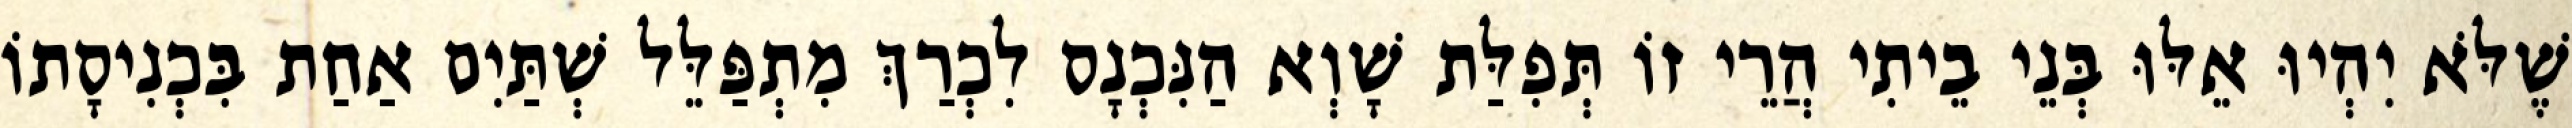
שֶׁלֹּא יִהְיוּ אֵלּוּ בְּנֵי בֵיתִי הֲרֵי זוֹ תְּפִלַּת שָׁוְא הַנִּכְנָס לִכְרַךְ מִתְפַּלֵּל שְׁתַּיִם אַחַת בִּכְנִיסָתוֹ